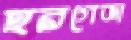
হরগেজা